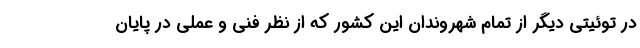
در توئیتی دیگر از تمام شهروندان این کشور که از نظر فنی و عملی در پایان